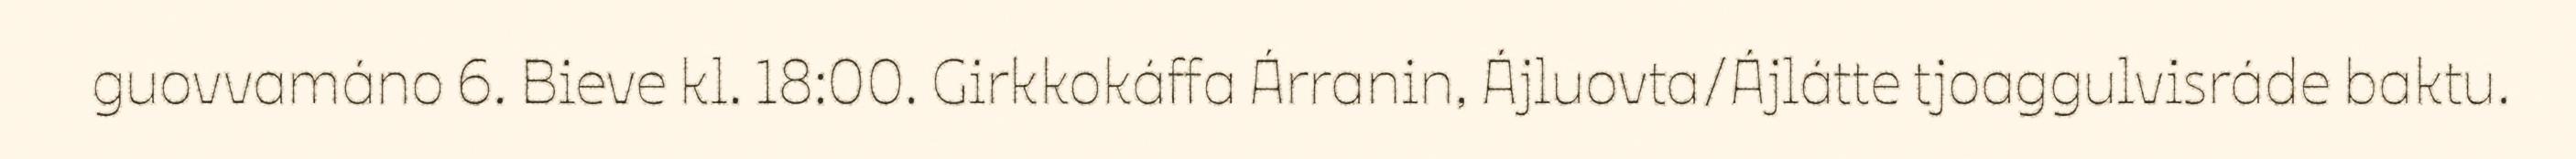
guovvamáno 6. Bieve kl. 18:00. Girkkokáffa Árranin, Ájluovta/Ájlátte tjoaggulvisráde baktu.